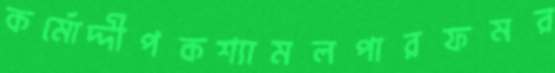
কর্মোদ্দীপকশ্যামলপারফমর